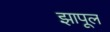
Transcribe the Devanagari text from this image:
झापूल